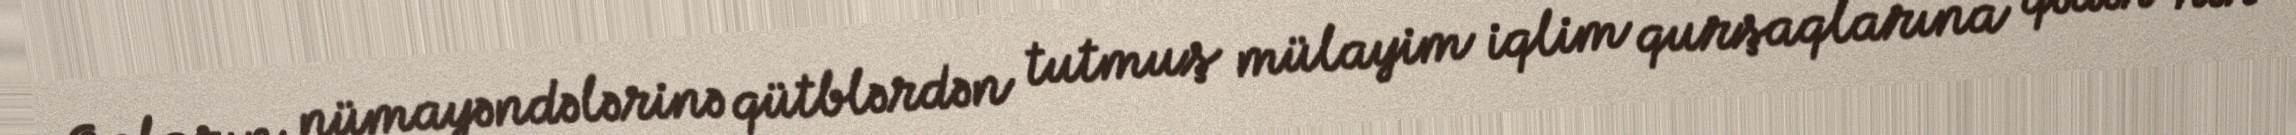
Onların nümayəndələrinə qütblərdən tutmuş mülayim iqlim qurşaqlarına qədər hər